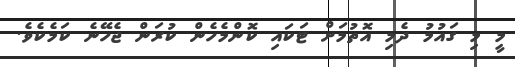
މީ މި ގައުމު ދެމި އޮތުމަށް ޓަކައި ކޮންމެހެން ކުރަން ޖެހޭނެ ކަމެކެވެ.